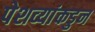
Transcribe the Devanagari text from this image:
पेशव्यांकडुन